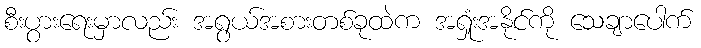
စီးပွားရေးမှာလည်း အရွယ်အစားတစ်ခုထဲက အရှုံးအနိုင်ကို သေချာပေါက်